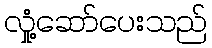
လှုံ့ဆော်ပေးသည်